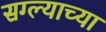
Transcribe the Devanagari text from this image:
सग्ल्याच्या